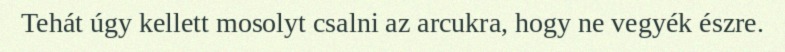
Tehát úgy kellett mosolyt csalni az arcukra, hogy ne vegyék észre.